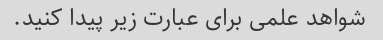
شواهد علمی برای عبارت زیر پیدا کنید.